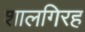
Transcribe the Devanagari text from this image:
शालगिरह